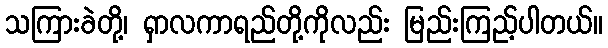
သကြားခဲတို့၊ ရှာလကာရည်တို့ကိုလည်း မြည်းကြည့်ပါတယ်။